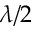
\lambda / 2